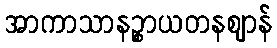
အာကာသာနဉ္စာယတနဈာန်